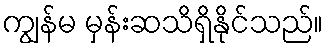
ကျွန်မ မှန်းဆသိရှိနိုင်သည်။